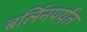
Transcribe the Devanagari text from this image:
बर्लिनपर्यंत